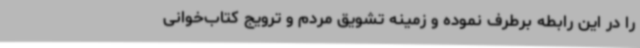
را در این رابطه برطرف نموده و زمینه تشویق مردم و ترویج کتاب‌خوانی